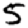
Digit: 5